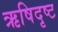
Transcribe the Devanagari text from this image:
ऋषिदृष्ट